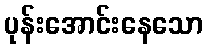
ပုန်းအောင်းနေသော